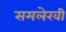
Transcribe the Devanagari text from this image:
समलेखी